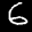
Label: 6